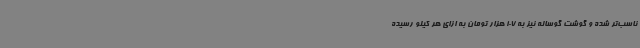
ناسب‌تر شده و گوشت گوساله نیز به 107 هزار تومان به ازای هر کیلو رسیده